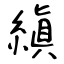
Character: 縝